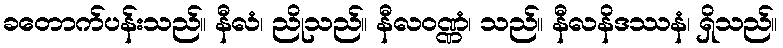
ခတောက်ပန်းသည်။ နီလံ၊ ညိုသည်။ နီလဝဏ္ဏံ၊ သည်။ နီလနိဒဿနံ၊ ရှိသည်။